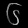
Digit: ၆